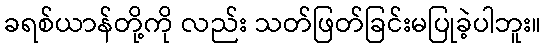
ခရစ်ယာန်တို့ကို လည်း သတ်ဖြတ်ခြင်းမပြုခဲ့ပါဘူး။